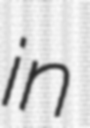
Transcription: in